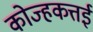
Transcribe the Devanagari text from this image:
कोज्हकत्तई